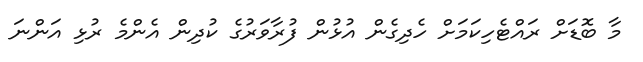
މާ ބޮޑަށް ރައްޓެހިކަމަށް ހެދިގެން އުޅުން ފުރާވަރުގެ ކުދިން އެންމެ ރުޅި އަންނަ